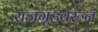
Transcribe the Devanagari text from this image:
राजगृहवरून